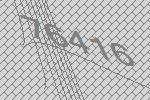
76416